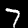
Digit: 7